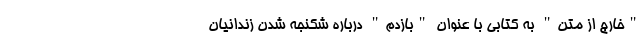
"خارج از متن" به کتابی با عنوان "بازدم" درباره شکنجه شدن زندانیان